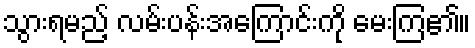
သွားရမည့် လမ်းပန်းအကြောင်းကို မေးကြ၏။